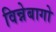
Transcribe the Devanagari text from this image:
विन्नेबागो